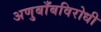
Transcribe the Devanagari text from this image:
अणुबाँबविरोधी